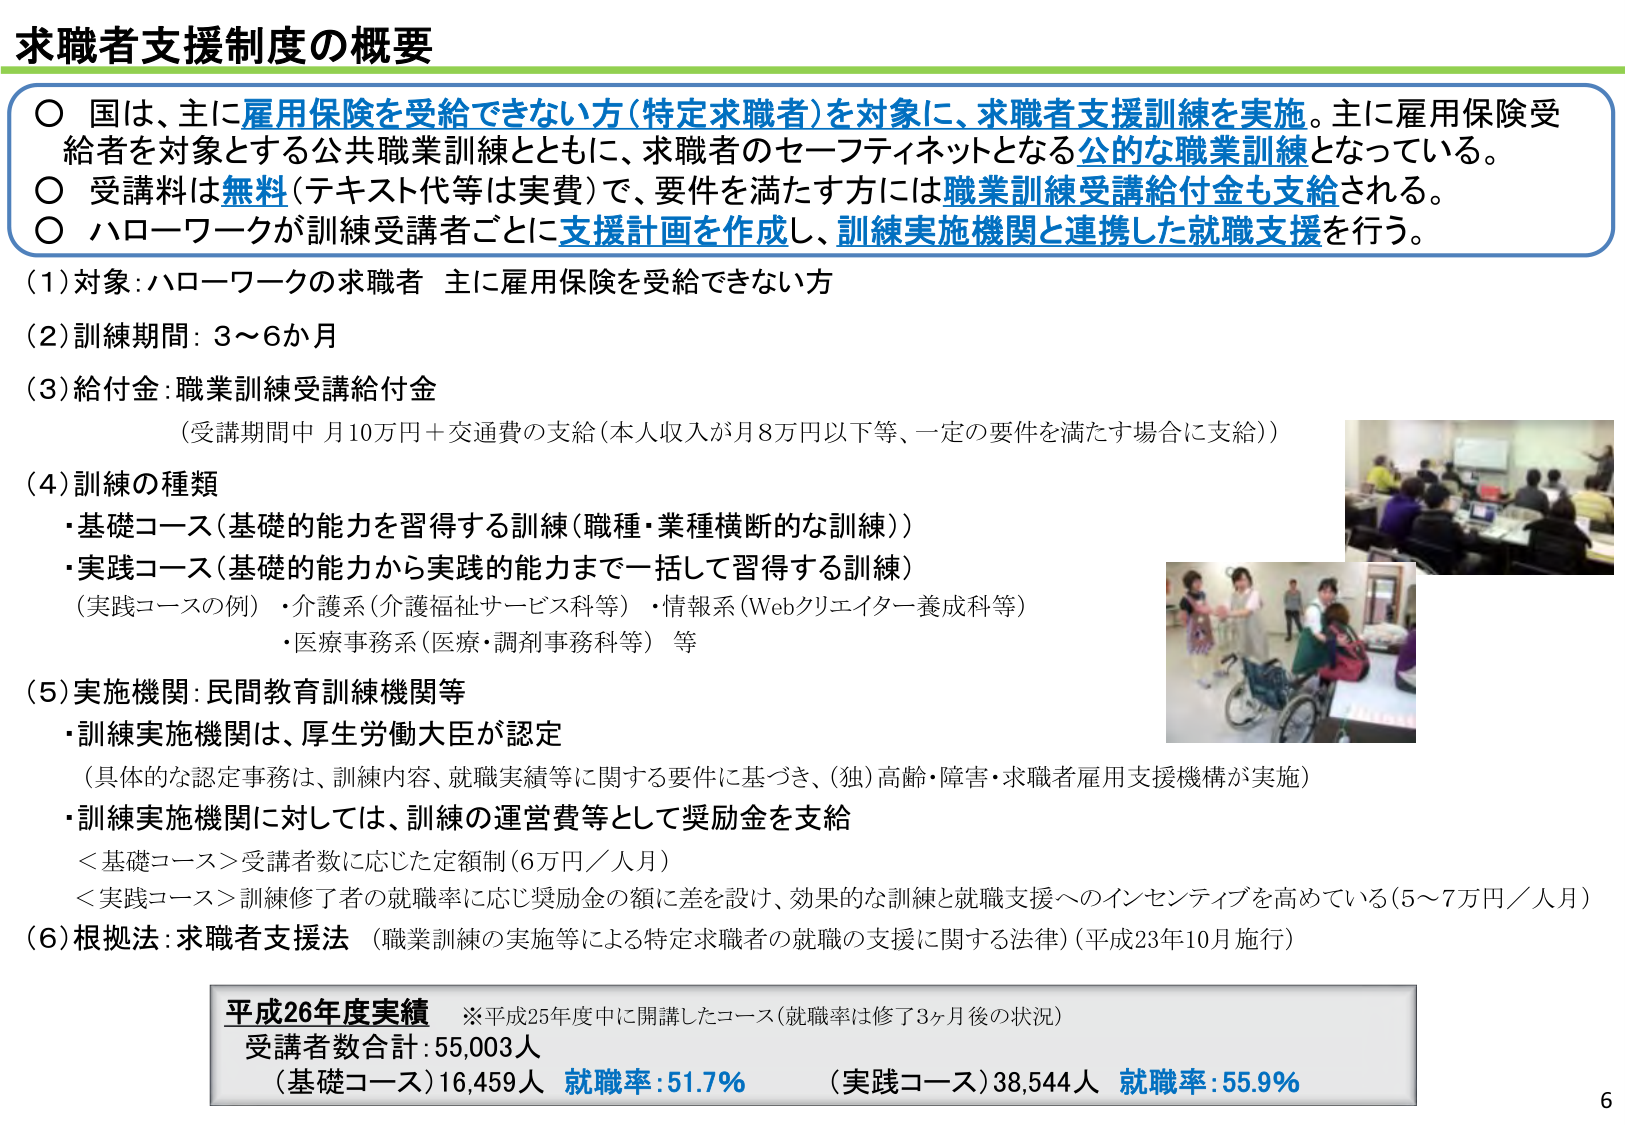
求職者支援制度の概要

○ 国は、主に雇用保険を受給できない方（特定求職者）を対象に、求職者支援訓練を実施。主に雇用保険受給者を対象とする公共職業訓練とともに、求職者のセーフティネットとなる公的な職業訓練となっている。
○ 受講料は無料（テキスト代等は実費）で、要件を満たす方には職業訓練受講給付金も支給される。
○ ハローワークが訓練受講者ごとに支援計画を作成し、訓練実施機関と連携した就職支援を行う。

(1) 対象：ハローワークの求職者 主に雇用保険を受給できない方
(2) 訓練期間：3～6か月
(3) 給付金：職業訓練受講給付金
　　（受講期間中 月10万円＋交通費の支給（本人収入が月8万円以下等、一定の要件を満たす場合に支給））

(4) 訓練の種類
・基礎コース（基礎的能力を習得する訓練（職種・業種横断的な訓練））
・実践コース（基礎的能力から実践的能力まで一括して習得する訓練）
　　（実践コースの例）・介護系（介護福祉サービス科等）・情報系（Webクリエイター養成科等）
　　　　　　　　　　・医療事務系（医療・調剤事務科等）等

(5) 実施機関：民間教育訓練機関等
・訓練実施機関は、厚生労働大臣が認定
　　（具体的な認定事務は、訓練内容、就職実績等に関する要件に基づき、（独）高齢・障害・求職者雇用支援機構が実施）
・訓練実施機関に対しては、訓練の運営費等として奨励金を支給
　　＜基礎コース＞受講者数に応じた定額制（6万円／人月）
　　＜実践コース＞訓練修了者の就職率に応じ奨励金の額に差を設け、効果的な訓練と就職支援へのインセンティブを高めている（5～7万円／人月）

(6) 根拠法：求職者支援法 （職業訓練の実施等による特定求職者の就職の支援に関する法律）（平成23年10月施行）

平成26年度実績　※平成25年度中に開講したコース（就職率は修了3ヶ月後の状況）
受講者数合計：55,003人
（基礎コース）16,459人 就職率：51.7%　（実践コース）38,544人 就職率：55.9%

6